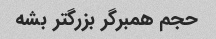
حجم همبرگر بزرگتر بشه